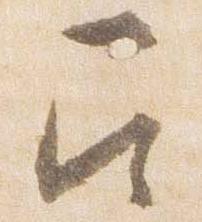
召